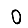
Digit: 0